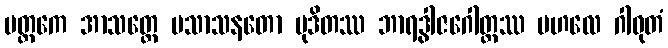
မတ္ထကေ အာသတ္တေ ပသာသနတော မုဒိတဿ ဘာရဒွါဇဂေါတ္တဿ ဗဟလေ ဂါဝုတံ